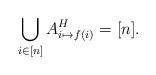
LaTeX: \begin{align*} \bigcup_{i\in[n]}A^H_{i\mapsto f(i)}=[n]. \end{align*}